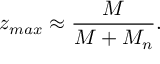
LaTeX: z _ { m a x } \approx \frac { M } { M + M _ { n } } .